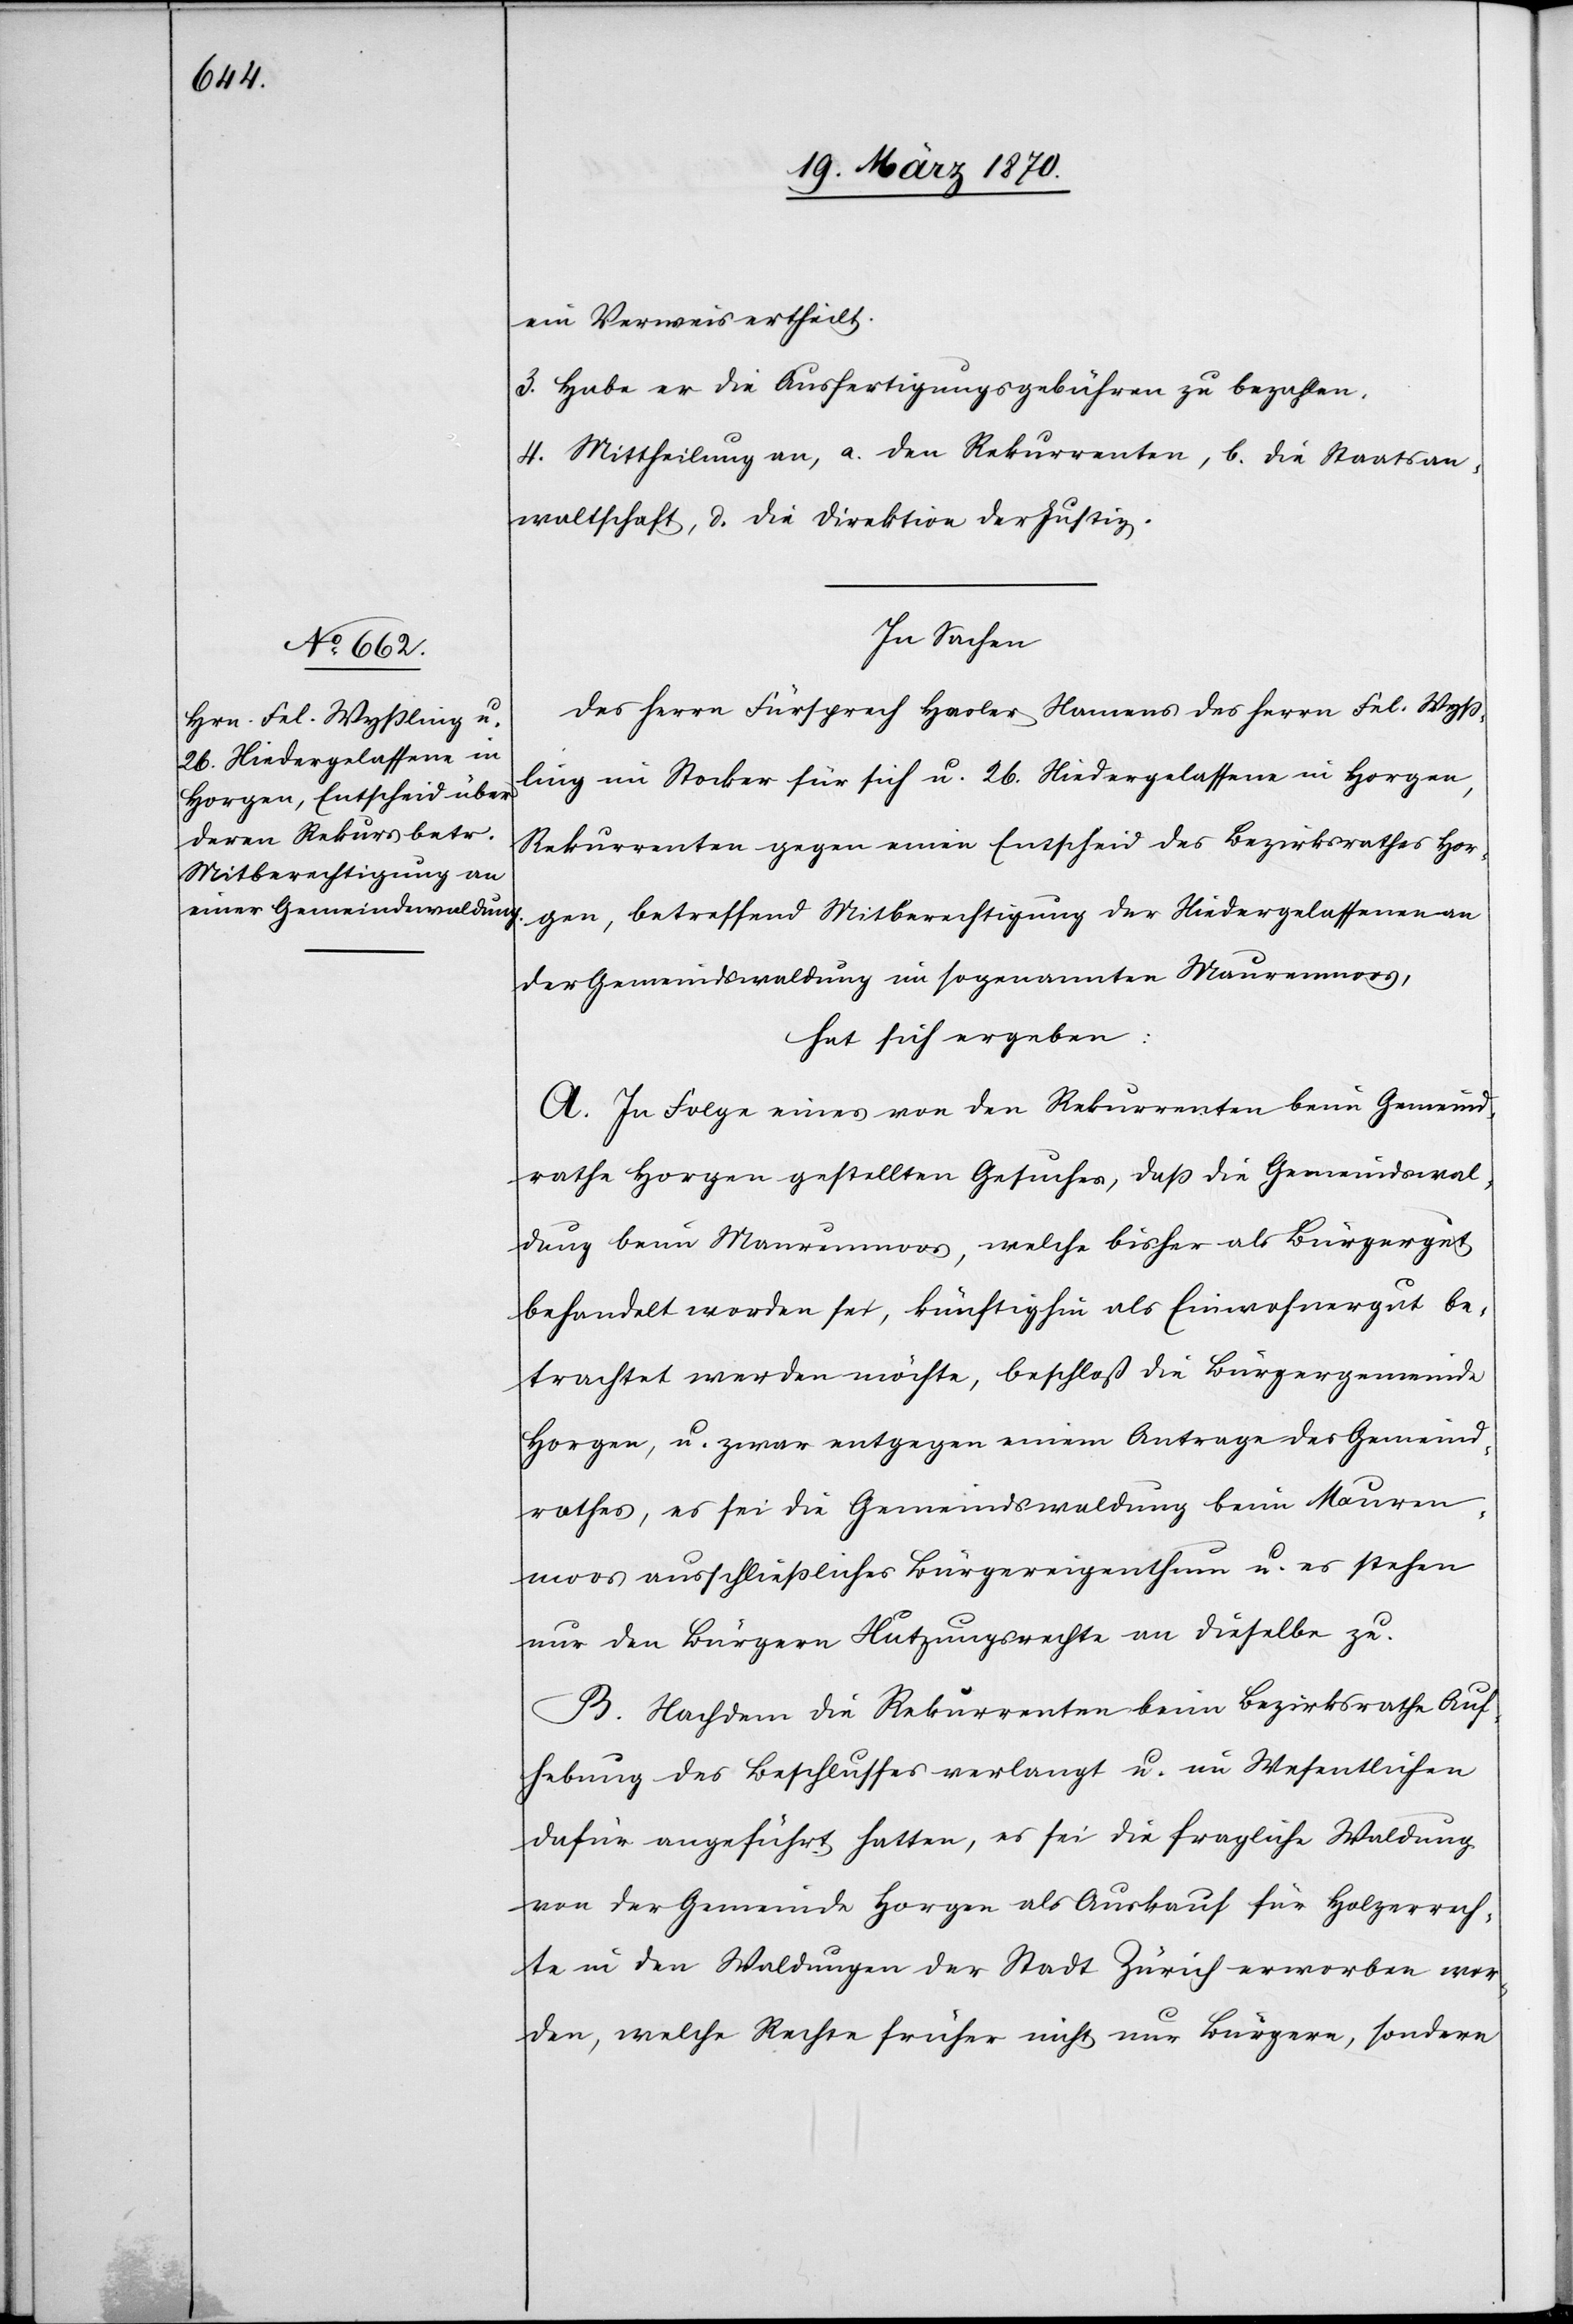
ein Verweis ertheilt.
3. Habe er die Ausfertigungsgebühren zu bezahlen.
4. Mittheilung an, a. den Rekurrenten, b. die Staatsan¬
waltschaft, c. die Direktion der Justiz.
In Sachen
des Herrn Fürsprech Hasler Namens des Herrn Fel. Wyß¬
ling im Stocker für sich u. 26. Niedergelassene in Horgen,
Rekurrenten gegen einen Entscheid des Bezirksrathes Hor¬
gen, betreffend Mitberechtigung der Niedergelassenen an
der Gemeindswaldung im sogenannten Maurenmoos,
hat sich ergeben:
A. In Folge eines von den Rekurrenten beim Gemeind¬
rathe Horgen gestellten Gesuches, daß die Gemeindswal¬
dung beim Maurenmoos, welche bisher als Bürgergut
behandelt worden sei, künftighin als Einwohnergut be¬
trachtet werden möchte, beschloß die Bürgergemeinde
Horgen, u. zwar entgegen einem Antrage des Gemeind¬
rathes, es sei die Gemeindswaldung beim Mauren¬
moos ausschließliches Bürgereigenthum u. es stehen
nur den Bürgern Nutzungsrechte an dieselbe zu.
B. Nachdem die Rekurrenten beim Bezirksrathe Auf¬
hebung des Beschlusses verlangt u. im Wesentlichen
dafür angeführt hatten, es sei die fragliche Waldung
von der Gemeinde Horgen als Auskauf für Holzerrech¬
te in den Waldungen der Stadt Zürich erworben wor¬
den, welche Rechte früher nicht nur den Bürgern, sondern